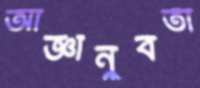
আজ্ঞানুবর্তী